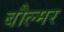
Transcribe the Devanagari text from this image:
बौल्मर